Vaccination in Bombay 1913-1923 - 1913-1923
Year: 1913
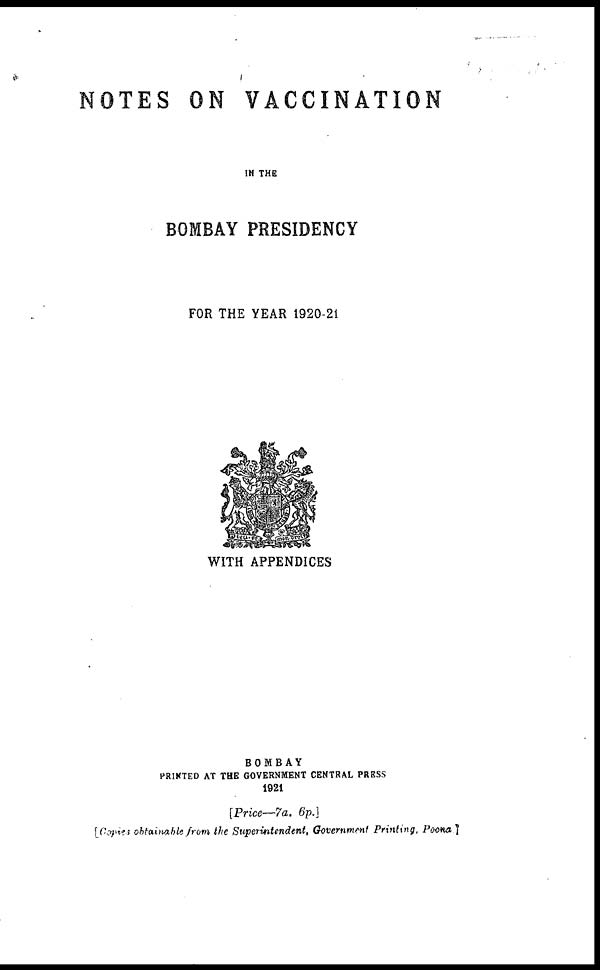
NOTES ON VACCINATION
IN THE
BOMBAY PRESIDENCY
FOR THE YEAR 1920-21
WITH APPENDICES
BOMBAY
PRINTED AT THE GOVERNMENT CENTRAL PRESS
1921
[Price—7a. 6p.]
[Copies obtainable from the Superintendent, Government Printing, Poona.]